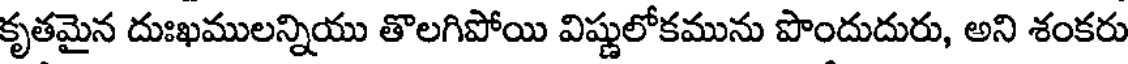
కృతమైన దుఃఖములన్నియు తొలగిపోయి విష్ణులోకమును పొందుదురు, అని శంకరు